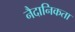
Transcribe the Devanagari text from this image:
नैदानिकता